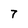
Character: 7